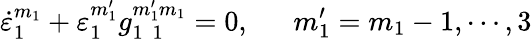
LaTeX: \dot{\varepsilon}_{1}^{m_{1}}+\varepsilon_{1}^{m_{1}^{\prime}}g_{1~~1}^{m_{1}^{\prime}m_{1}}=0,~~~~~~m_{1}^{\prime}=m_{1}-1,\cdots,3